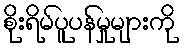
စိုးရိမ်ပူပန်မှုများကို